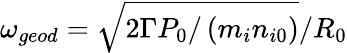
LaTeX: \omega_{geod}=\sqrt{2\Gamma P_{0}/\left(m_{i}n_{i0}\right)}/R_{0}